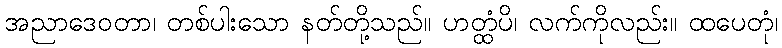
အညာဒေဝတာ၊ တစ်ပါးသော နတ်တို့သည်။ ဟတ္ထံပိ၊ လက်ကိုလည်း။ ထပေတုံ၊